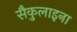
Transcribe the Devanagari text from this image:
सैकुलाइना